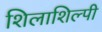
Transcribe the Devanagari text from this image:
शिलाशिल्पी